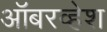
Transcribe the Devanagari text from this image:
ऑबरव्हेश